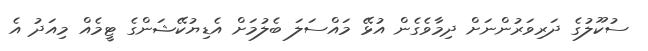
ސުކޫލުގެ ދަރިވަރުންނަށް ދިމާވެގެން އުޅޭ މައްސަލަ ބެލުމަށް އެޑިޔުކޭޝަންގެ ޓީމެއް މިއަދު އެ